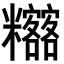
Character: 𥽴